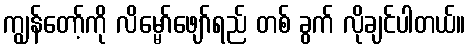
ကျွန်တော့်ကို လိမ္မော်ဖျော်ရည် တစ် ခွက် လိုချင်ပါတယ်။